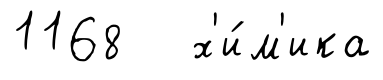
1168 х'и́м'ика